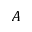
A